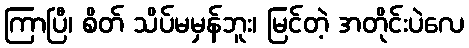
ကြာပြီ၊ စိတ် သိပ်မမှန်ဘူး၊ မြင်တဲ့ အတိုင်းပဲလေ